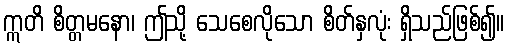
ဣတိ စိတ္တမနော၊ ဤသို့ သေစေလိုသော စိတ်နှလုံး ရှိသည်ဖြစ်၍။